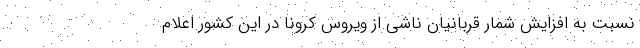
نسبت به افزایش شمار قربانیان ناشی از ویروس کرونا در این کشور اعلام